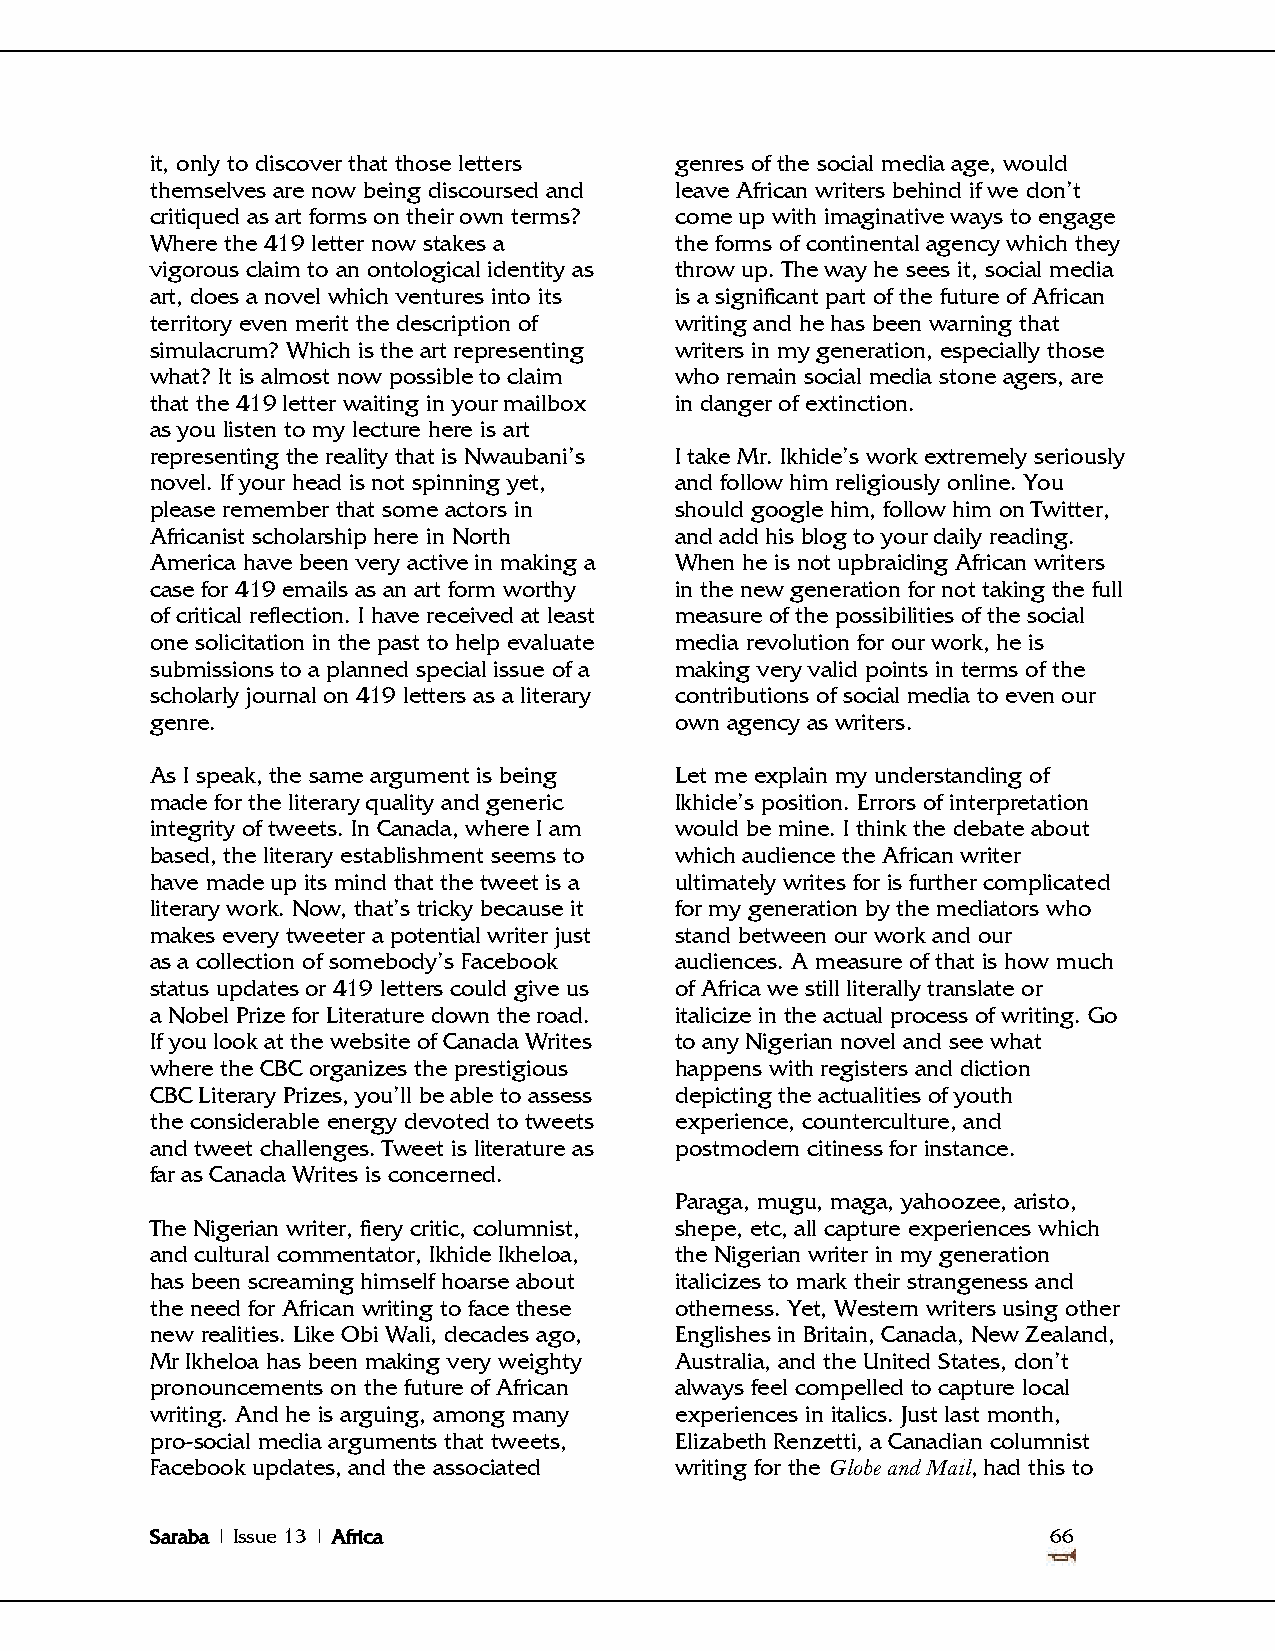
it, only to discover that those letters genres of the social media age, would
 themselves are now being discoursed and leave African writers behind if we don‘t
 critiqued as art forms on their own terms? come up with imaginative ways to engage
 Where the 419 letter now stakes a  the forms of continental agency which they
 vigorous claim to an ontological identity as throw up. The way he sees it, social media
 art, does a novel which ventures into its is a significant part of the future of African
 territory even merit the description of writing and he has been warning that
 simulacrum? Which is the art representing writers in my generation, especially those
 what? It is almost now possible to claim who remain social media stone agers, are
 that the 419 letter waiting in your mailbox in danger of extinction.
 as you listen to my lecture here is art
 representing the reality that is Nwaubani‘s I take Mr. Ikhide‘s work extremely seriously
 novel. If your head is not spinning yet, and follow him religiously online. You
 please remember that some actors in should google him, follow him on Twitter,
 Africanist scholarship here in North and add his blog to your daily reading.
 America have been very active in making a When he is not upbraiding African writers
 case for 419 emails as an art form worthy in the new generation for not taking the full
 of critical reflection. I have received at least measure of the possibilities of the social
 one solicitation in the past to help evaluate media revolution for our work, he is
 submissions to a planned special issue of a making very valid points in terms of the
 scholarly journal on 419 letters as a literary contributions of social media to even our
 genre.                             own agency as writers.
 As I speak, the same argument is being Let me explain my understanding of
 made for the literary quality and generic Ikhide‘s position. Errors of interpretation
 integrity of tweets. In Canada, where I am would be mine. I think the debate about
 based, the literary establishment seems to which audience the African writer
 have made up its mind that the tweet is a ultimately writes for is further complicated
 literary work. Now, that‘s tricky because it for my generation by the mediators who
 makes every tweeter a potential writer just stand between our work and our
 as a collection of somebody‘s Facebook audiences. A measure of that is how much
 status updates or 419 letters could give us of Africa we still literally translate or
 a Nobel Prize for Literature down the road. italicize in the actual process of writing. Go
 If you look at the website of Canada Writes to any Nigerian novel and see what
 where the CBC organizes the prestigious happens with registers and diction
 CBC Literary Prizes, you‘ll be able to assess depicting the actualities of youth
 the considerable energy devoted to tweets experience, counterculture, and
 and tweet challenges. Tweet is literature as postmodern citiness for instance.
 far as Canada Writes is concerned.
 Paraga, mugu, maga, yahoozee, aristo,
 The Nigerian writer, fiery critic, columnist, shepe, etc, all capture experiences which
 and cultural commentator, Ikhide Ikheloa, the Nigerian writer in my generation
 has been screaming himself hoarse about italicizes to mark their strangeness and
 the need for African writing to face these otherness. Yet, Western writers using other
 new realities. Like Obi Wali, decades ago, Englishes in Britain, Canada, New Zealand,
 Mr Ikheloa has been making very weighty Australia, and the United States, don‘t
 pronouncements on the future of African always feel compelled to capture local
 writing. And he is arguing, among many experiences in italics. Just last month,
 pro-social media arguments that tweets, Elizabeth Renzetti, a Canadian columnist
 Facebook updates, and the associated writing for the Globe and Mail, had this to
 Saraba | Issue 13 | Africa                                  66